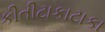
કીતીટાકાટાકા